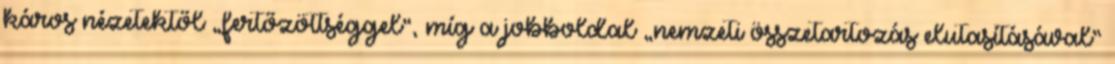
káros nézetektől „fertőzöttséggel”, míg a jobboldal „nemzeti összetartozás elutasításával”